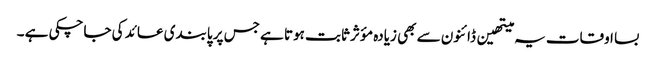
بسا اوقات یہ میتھین ڈائنون سے بھی زیادہ مؤثر ثابت ہوتا ہے جس پر پابندی عائد کی جاچکی ہے ۔